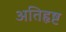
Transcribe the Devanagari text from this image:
अतिहृष्ट